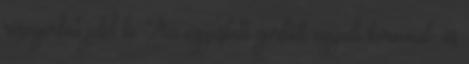
részgörbét jelöl ki. Az egyesített görbék egyedi körvonal- és